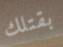
بقتلك